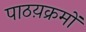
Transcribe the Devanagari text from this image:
पाठय़क्रमों